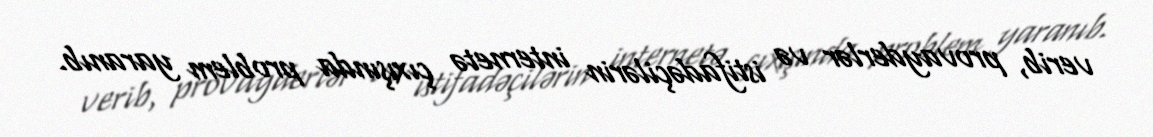
verib, provayderlər və istifadəçilərin internetə çıxışında problem yaranıb.